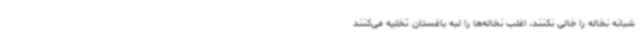
شبانه نخاله را خالی نکنند، اغلب نخاله‌ها را لبه باغستان تخلیه می‌کنند